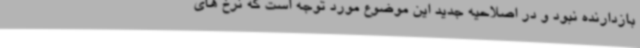
بازدارنده نبود و در اصلاحیه جدید این موضوع مورد توجه است که نرخ های